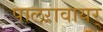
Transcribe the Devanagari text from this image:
पालऱावायर्